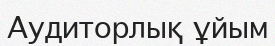
Аудиторлық ұйым